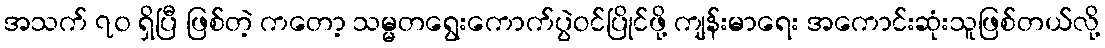
အသက် ၇၀ ရှိပြီ ဖြစ်တဲ့ ကတော့ သမ္မတရွေးကောက်ပွဲဝင်ပြိုင်ဖို့ ကျန်းမာရေး အကောင်းဆုံးသူဖြစ်တယ်လို့